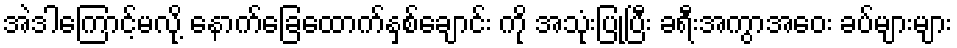
အဲဒါကြောင့်မလို့ နောက်ခြေထောက်နှစ်ချောင်း ကို အသုံးပြုပြီး ခရီးအကွာအဝေး ခပ်များများ